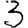
Digit: 3